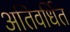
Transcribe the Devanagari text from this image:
अतिवर्धित